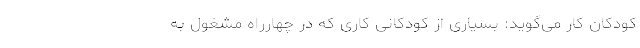
کودکان کار می‌گوید: بسیاری از کودکانی کاری که در چهارراه مشغول به